Civil Veterinary Dept. Assam report 1927-50 - 1927-1950
Year: 1927
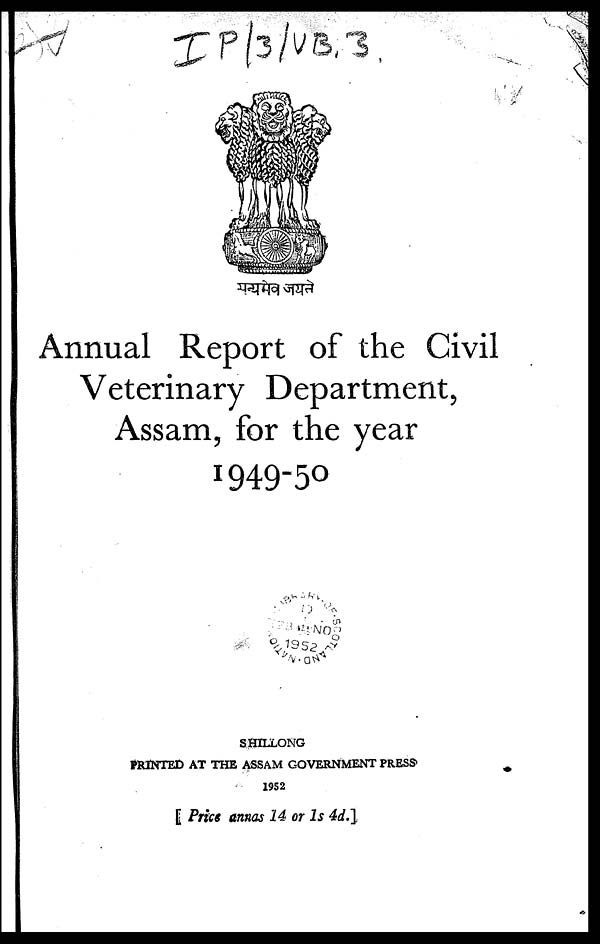
Annual Report of the Civil
Veterinary Department,
Assam, for the year
1949-50
SHILLONG
PRINTED AT THE ASSAM GOVERNMENT PRESS
1952
[ Price annas 14 or 1s 4d.]